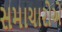
સમાચારોએ